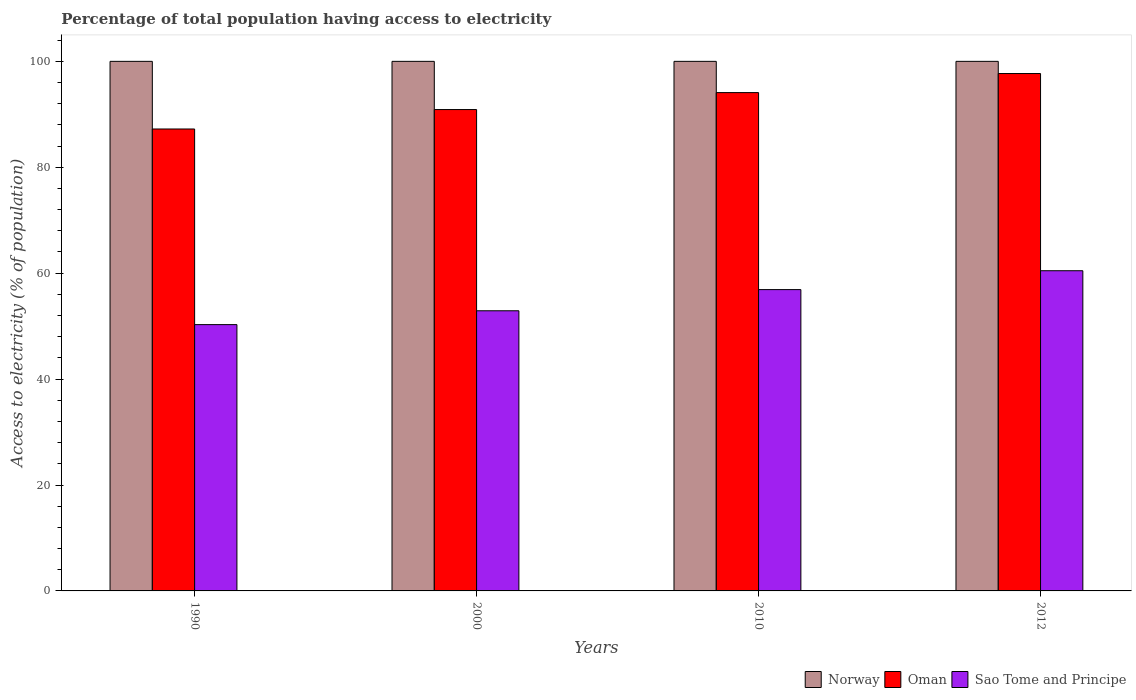
| Years | Norway | Oman | Sao Tome and Principe |
 | --- | --- | --- | --- |
 | 1990 | 100 | 87.2 | 50.3 |
 | 2000 | 100 | 90.9 | 52.9 |
 | 2010 | 100 | 94.1 | 56.9 |
 | 2012 | 100 | 97.7 | 60.5 |